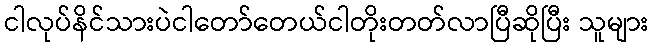
ငါလုပ်နိင်သားပဲငါတော်တေယ်ငါတိုးတတ်လာပြီဆိုပြီး သူများ